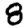
Digit: 8